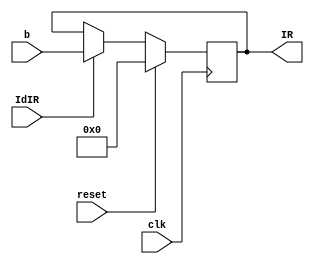
module IR (b, clk, reset, IdIR, IR);
 input [15:0] b;
 input clk, reset, IdIR;
 output reg [15:0] IR;

 //this is a simple d flip flop module
 always @ (posedge clk) begin
  if(reset == 1)
   IR <= 16'b0;
  else
   if(IdIR == 1)
    IR <= b;
   else
    IR <= IR;
 end

endmodule